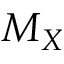
M _ { X }